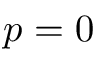
p = 0